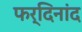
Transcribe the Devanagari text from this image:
फर्दिनांद